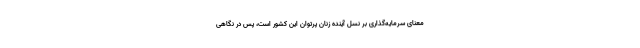
‌معنای سرمایه‌گذاری بر نسل آینده زنان پرتوان این کشور است، پس در نگاهی